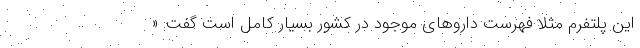
این پلتفرم مثلا فهرست داروهای موجود در کشور بسیار کامل است گفت: «